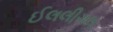
ઈલલીગલ